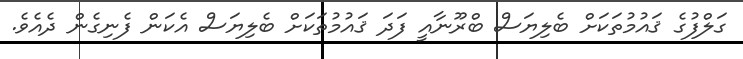
ގަލްފުގެ ޤައުމުތަކަށް ބެލިޔަސް ބްރޫނާއީ ފަދަ ޤައުމުތަކަށް ބެލިޔަސް އެކަން ފެނިގެން ދެއެވެ.